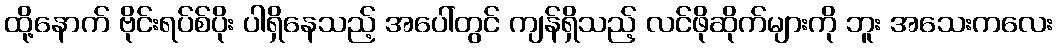
ထို့နောက် ဗိုင်းရပ်စ်ပိုး ပါရှိနေသည့် အပေါ်တွင် ကျန်ရှိသည့် လင်ဖိုဆိုက်များကို ဘူး အသေးကလေး